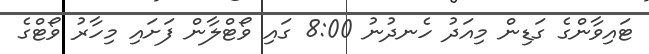
ޓައިވާންގެ ގަޑިން މިއަދު ހެނދުނު 8:00 ގައި ވޯޓްލާން ފަށައި މިހާރު ވޯޓްގެ